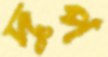
দুপ